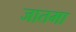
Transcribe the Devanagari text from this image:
जातमा